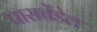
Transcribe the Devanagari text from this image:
पासचेंडेल